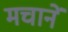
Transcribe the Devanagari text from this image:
मचानें